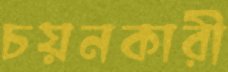
চয়নকারী